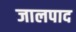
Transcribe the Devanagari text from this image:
जालपाद